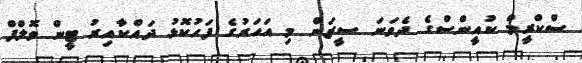
ސްކްރީމް ކުއީންސްގެ ދެވަނަ ސީޒަން މި އަހަރުގެ ފަހުކޮޅު ދައްކާއިރު ޓީން ވޮލްފް